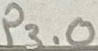
Text: P3.0